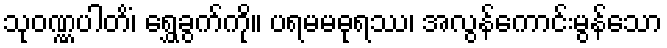
သုဝဏ္ဏပါတိံ၊ ရွှေခွက်ကို။ ပရမမဓုရဿ၊ အလွန်ကောင်းမွန်သော